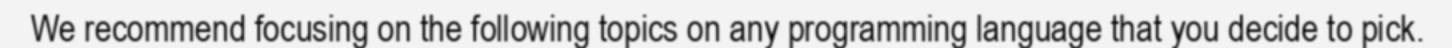
We recommend focusing on the following topics on any programming language that you decide to pick.